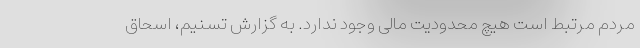
مردم مرتبط است هیچ محدودیت مالی وجود ندارد. به گزارش تسنیم، اسحاق